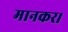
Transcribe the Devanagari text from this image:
मानकर।